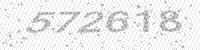
Solution: 572618